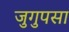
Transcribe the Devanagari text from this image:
जुगुपसा